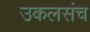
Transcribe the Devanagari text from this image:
उकलसंच